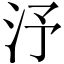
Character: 汿